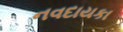
નવદાયકા